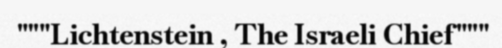
"""Lichtenstein , The Israeli Chief"""